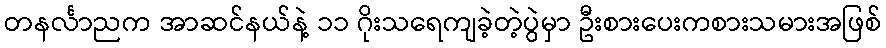
တနင်္လာညက အာဆင်နယ်နဲ့ ၁၁ ဂိုးသရေကျခဲ့တဲ့ပွဲမှာ ဦးစားပေးကစားသမားအဖြစ်